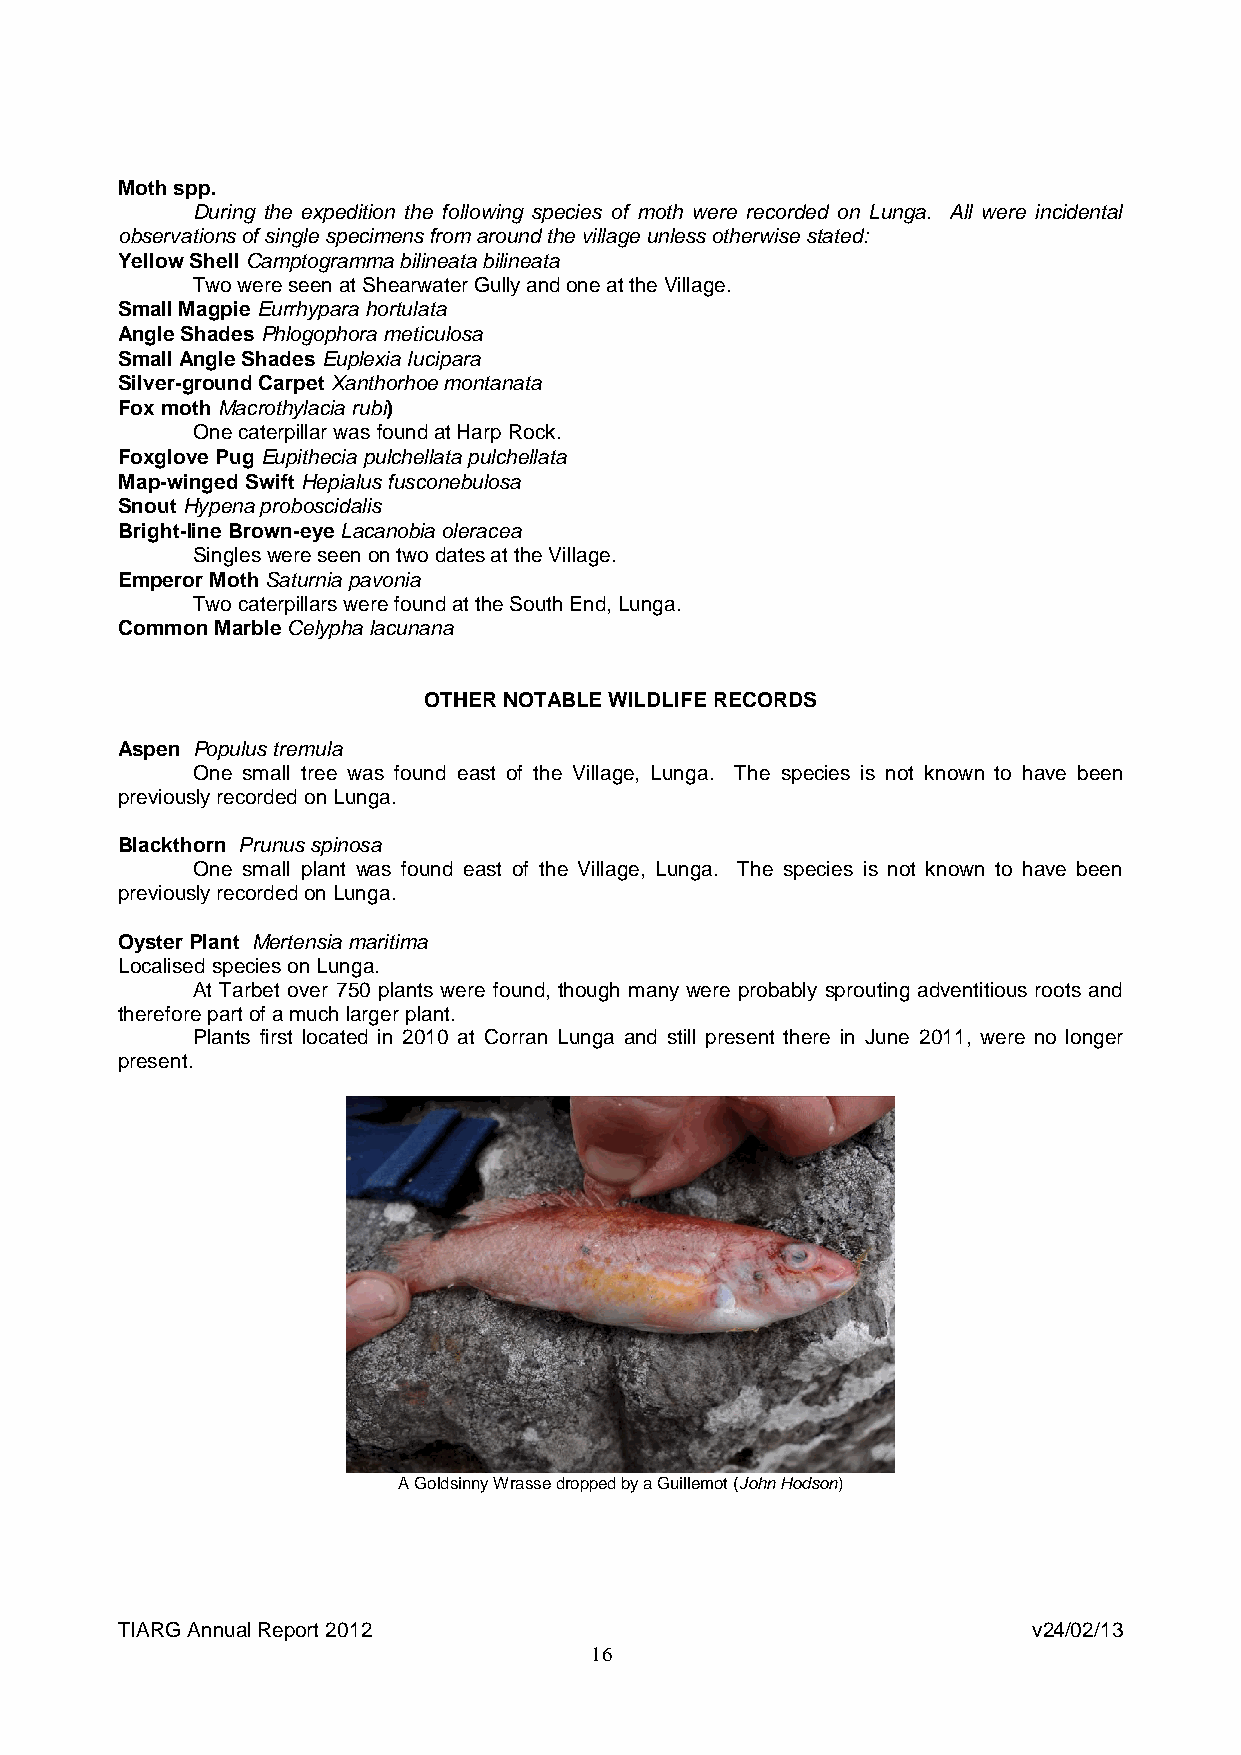
Moth spp.
 During the expedition the following species of moth were recorded on Lunga. All were incidental
 observations of single specimens from around the village unless otherwise stated:
 Yellow Shell Camptogramma bilineata bilineata
 Two were seen at Shearwater Gully and one at the Village.
 Small Magpie Eurrhypara hortulata
 Angle Shades Phlogophora meticulosa
 Small Angle Shades Euplexia Iucipara
 Silver-ground Carpet Xanthorhoe montanata
 Fox moth Macrothylacia rubi)
 One caterpillar was found at Harp Rock.
 Foxglove Pug Eupithecia pulchellata pulchellata
 Map-winged Swift Hepialus fusconebulosa
 Snout Hypena proboscidalis
 Bright-line Brown-eye Lacanobia oleracea
 Singles were seen on two dates at the Village.
 Emperor Moth Saturnia pavonia
 Two caterpillars were found at the South End, Lunga.
 Common Marble Celypha lacunana
 OTHER NOTABLE WILDLIFE RECORDS
 Aspen Populus tremula
 One small tree was found east of the Village, Lunga. The species is not known to have been
 previously recorded on Lunga.
 Blackthorn Prunus spinosa
 One small plant was found east of the Village, Lunga. The species is not known to have been
 previously recorded on Lunga.
 Oyster Plant Mertensia maritima
 Localised species on Lunga.
 At Tarbet over 750 plants were found, though many were probably sprouting adventitious roots and
 therefore part of a much larger plant.
 Plants first located in 2010 at Corran Lunga and still present there in June 2011, were no longer
 present.
 A Goldsinny Wrasse dropped by a Guillemot (John Hodson)
 TIARG Annual Report 2012                                    v24/02/13
 16